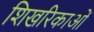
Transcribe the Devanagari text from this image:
शिखरिकाओं